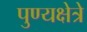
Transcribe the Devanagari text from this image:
पुण्यक्षेत्रे